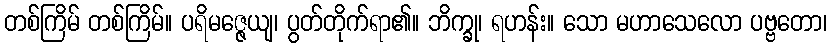
တစ်ကြိမ် တစ်ကြိမ်။ ပရိမဇ္ဇေယျ၊ ပွတ်တိုက်ရာ၏။ ဘိက္ခု၊ ရဟန်း။ သော မဟာသေလော ပဗ္ဗတော၊